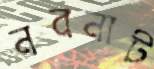
নবনাট